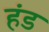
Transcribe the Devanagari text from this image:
हंड